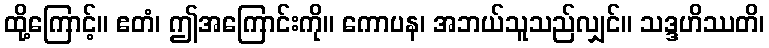
ထို့ကြောင့်။ ဧတံ၊ ဤအကြောင်းကို။ ကောပန၊ အဘယ်သူသည်လျှင်။ သဒ္ဒဟိဿတိ၊